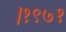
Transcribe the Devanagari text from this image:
।१९७१